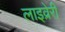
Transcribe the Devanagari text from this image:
लाइव्रेरी